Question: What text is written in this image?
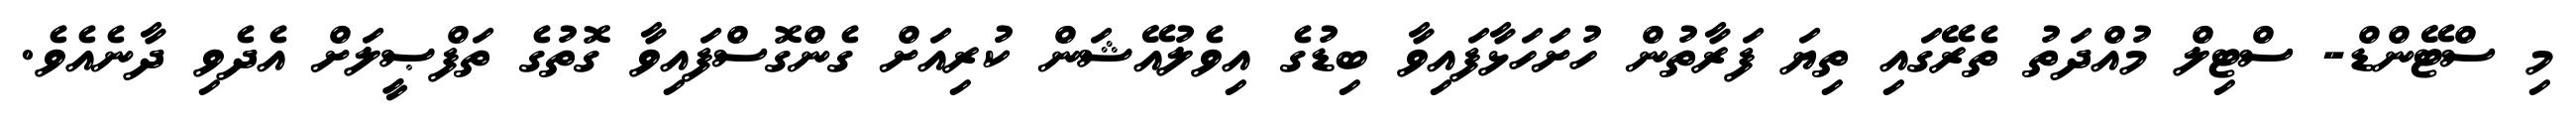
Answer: މި ސްޓޭންޑް- ސްޓިލް މުއްދަތު ތެރޭގައި ތިޔަ ފަރާތުން ހުށަހަޅާފައިވާ ބިޑުގެ އިވެލުއޭޝަން ކުރިއަށް ގެންގޮސްފައިވާ ގޮތުގެ ތަފްޞީލަށް އެދެވި ދާނެއެވެ.